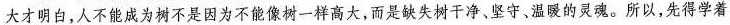
大才明白，人不能成为树不是因为不能像树一样高大，而是缺失树干净、坚守、温暖的灵魂。所以，先得学着